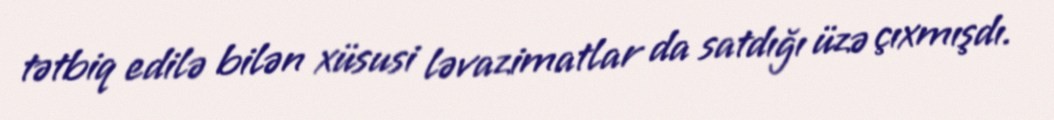
tətbiq edilə bilən xüsusi ləvazimatlar da satdığı üzə çıxmışdı.